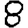
Digit: 8